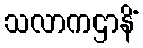
သလာကဌာနိံ